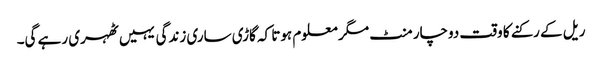
ریل کے رکنے کا وقت دوچار منٹ مگر معلوم ہوتا کہ گاڑی ساری زندگی یہیں ٹھہری رہے گی۔